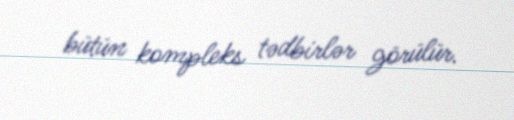
bütün kompleks tədbirlər görülür.